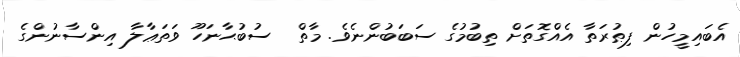
އެބައިމީހުން ފިޠުރަތާ އެއްގޮތަށް ތިބުމުގެ ސަބަބުންނެވެ. މާތް  ސުބުޙާނަހޫ ވަތަޢާލާ އިންސާނުންގެ